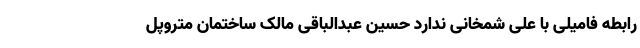
رابطه فامیلی با علی شمخانی ندارد حسین عبدالباقی مالک ساختمان متروپل